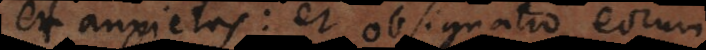
et anxietas: et obsignatio eorum